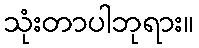
သုံးတာပါဘုရား။